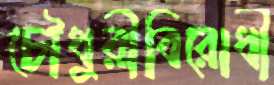
চৌধুরীবিরোধী